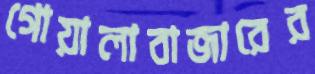
গোয়ালাবাজারের